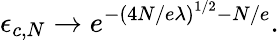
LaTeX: \epsilon_{c,N}\rightarrow e^{-\left(4N/e\lambda\right)^{1/2}-N/e}.